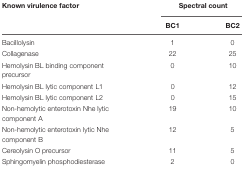
| Known virulence factor | <COLSPAN=2> Spectral count |
 |  | BC1 | BC2 |
 | --- | --- | --- |
 | Bacillolysin | 1 | 0 |
 | Collagenase | 22 | 25 |
 | Hemolysin BL binding component precursor | 0 | 10 |
 | Hemolysin BL lytic component L1 | 0 | 12 |
 | Hemolysin BL lytic component L2 | 0 | 15 |
 | Non-hemolytic enterotoxin Nhe lytic component A | 19 | 10 |
 | Non-hemolytic enterotoxin lytic Nhe component B | 12 | 5 |
 | Cereolysin O precursor | 11 | 5 |
 | Sphingomyelin phosphodiesterase | 2 | 0 |